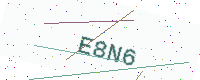
Text: E8N6